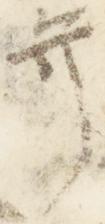
弁